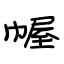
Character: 幄